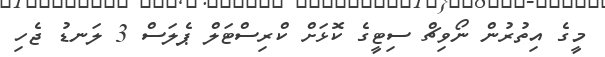
މީގެ އިތުރުން ނޯވިޗް ސިޓީގެ ކޮޅަށް ކްރިސްޓަލް ޕެލަސް 3 ލަނޑު ޖެހި